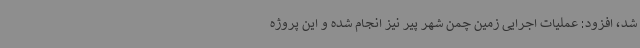
شد، افزود: عملیات اجرایی زمین چمن شهر پیر نیز انجام شده و این پروژه